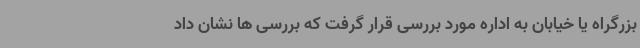
بزرگراه یا خیابان به اداره مورد بررسی قرار گرفت که بررسی ها نشان داد